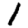
Digit: 1